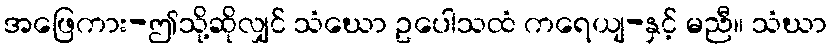
အဖြေကား-ဤသို့ဆိုလျှင် သံဃော ဥပေါသထံ ကရေယျ-နှင့် မညီ။ သံဃာ